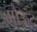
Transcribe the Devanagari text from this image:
मौऊद